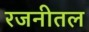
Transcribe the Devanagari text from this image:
रजनीतल